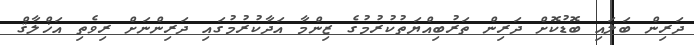
ދަރިން ބަލައި ބޮޑުކޮށް ދަރިން ތަރުބިއްޔަތުކުރުމުގެ ޒިންމާ އަދާކުރުމުގައި ދަރިންނަށް ރިވެތި އަޚްލާޤް